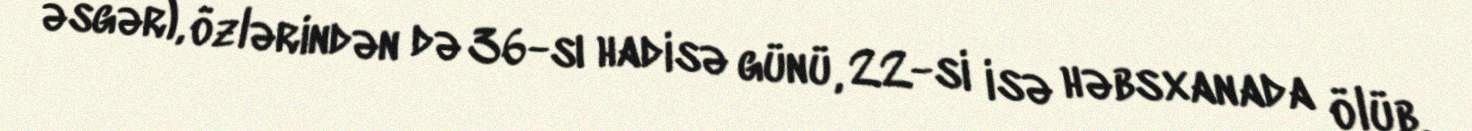
əsgər), özlərindən də 36-sı hadisə günü, 22-si isə həbsxanada ölüb.